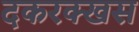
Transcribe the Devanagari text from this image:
दकरक्खस